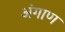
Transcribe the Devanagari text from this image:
अंगाण